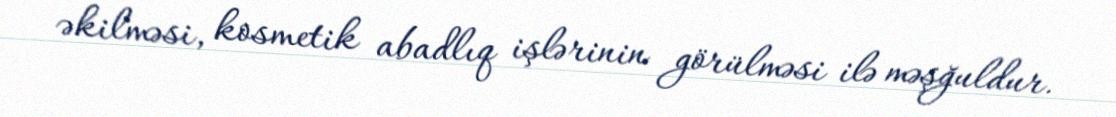
əkilməsi, kosmetik abadlıq işlərinin görülməsi ilə məşğuldur.